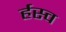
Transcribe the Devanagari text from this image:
र्हस्व